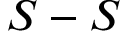
S - S